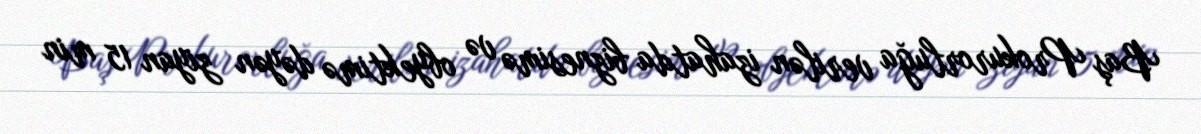
Baş Prokurorluğa verilən izahatda biznesimə və obyektimə dəyən ziyan 15 min